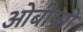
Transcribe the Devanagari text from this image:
ओबीप्‍सो